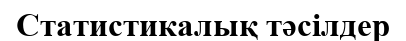
Статистикалық тәсілдер